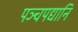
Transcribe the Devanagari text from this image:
पञ्चपद्यानि